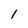
Character: 1